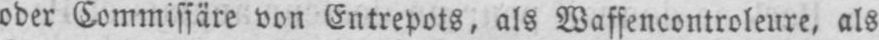
oder Commissäre von Entrepots, als Waffencontroleure, als